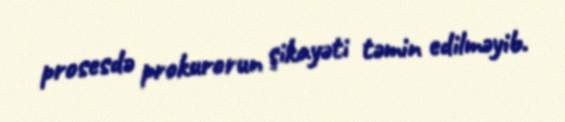
prosesdə prokurorun şikayəti təmin edilməyib.